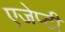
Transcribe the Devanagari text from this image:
एजेप्टी